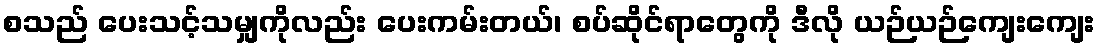
စသည် ပေးသင့်သမျှကိုလည်း ပေးကမ်းတယ်၊ စပ်ဆိုင်ရာတွေကို ဒီလို ယဉ်ယဉ်ကျေးကျေး